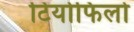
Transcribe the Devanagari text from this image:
टियोफिलो